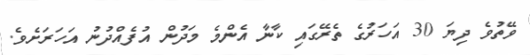
ވޭތުވެ ދިޔަ 30 އަހަރުގެ ތެރޭގައި ކާނާ އެންމެ މަދުން އުފެއްދުނު އަހަރަށެވެ.